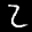
Label: 2